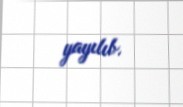
yayılıb.